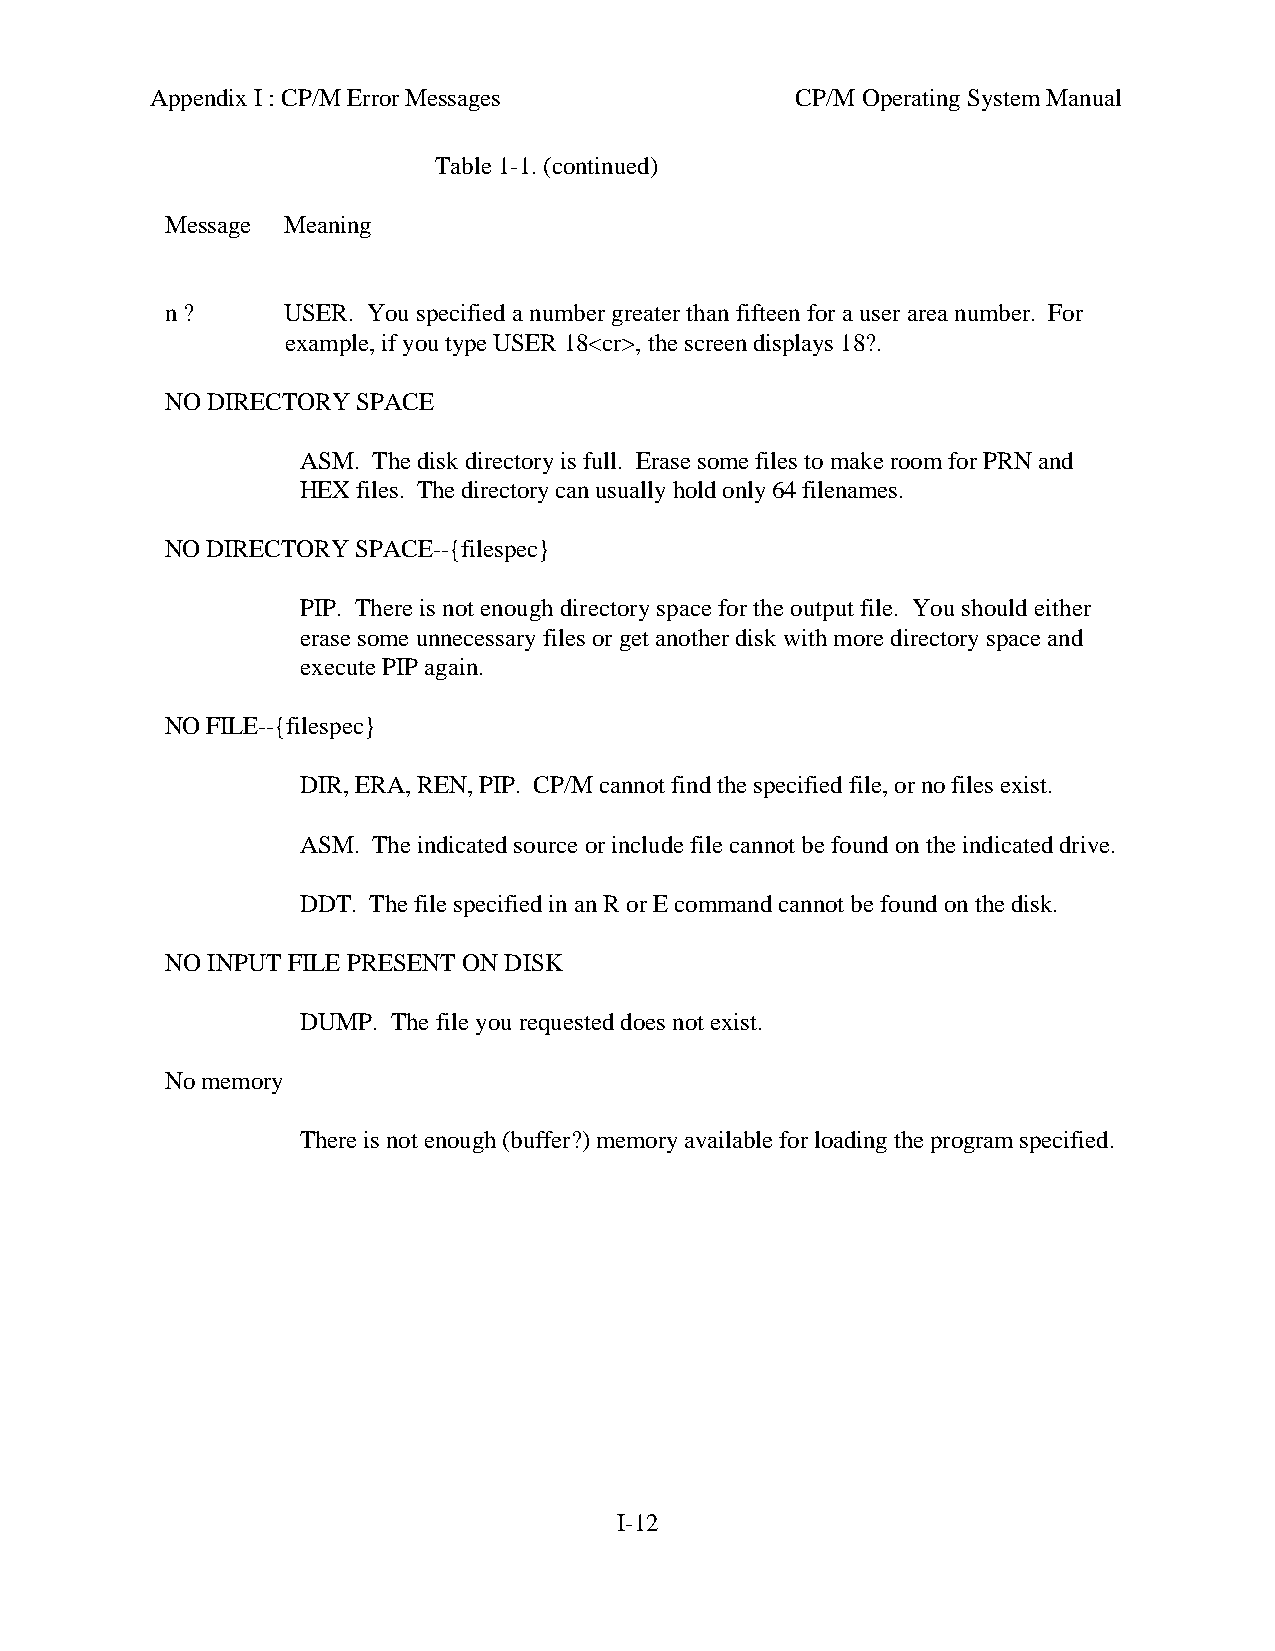
Appendix I : CP/M Error Messages           CP/M Operating System Manual
 Table 1-1. (continued)
 Message Meaning
 n ?     USER. You specified a number greater than fifteen for a user area number. For
 example, if you type USER 18<cr>, the screen displays 18?.
 NO DIRECTORY SPACE
 ASM. The disk directory is full. Erase some files to make room for PRN and
 HEX files. The directory can usually hold only 64 filenames.
 NO DIRECTORY SPACE--{filespec}
 PIP. There is not enough directory space for the output file. You should either
 erase some unnecessary files or get another disk with more directory space and
 execute PIP again.
 NO FILE--{filespec}
 DIR, ERA, REN, PIP. CP/M cannot find the specified file, or no files exist.
 ASM. The indicated source or include file cannot be found on the indicated drive.
 DDT. The file specified in an R or E command cannot be found on the disk.
 NO INPUT FILE PRESENT ON DISK
 DUMP. The file you requested does not exist.
 No memory
 There is not enough (buffer?) memory available for loading the program specified.
 I-12